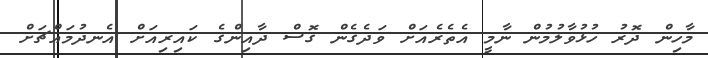
މާހިން ދޮރު ހުޅުވާލުމުން ނާމީ އެތެރެއަށް ވަދެގެން ގޮސް ދާއިންގެ ކައިރިއަށް އެނދުމައްޗަށް